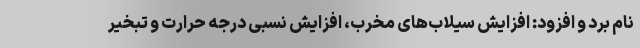
نام برد و افزود: افزایش سیلاب‌های مخرب، افزایش نسبی درجه حرارت و تبخیر